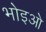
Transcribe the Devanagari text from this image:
भोइओ